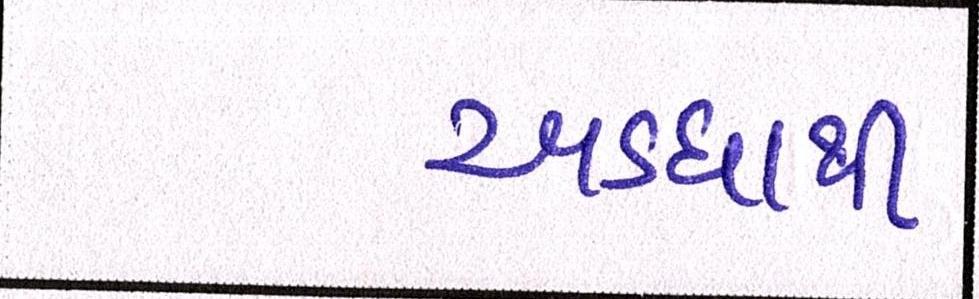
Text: અડધાથી